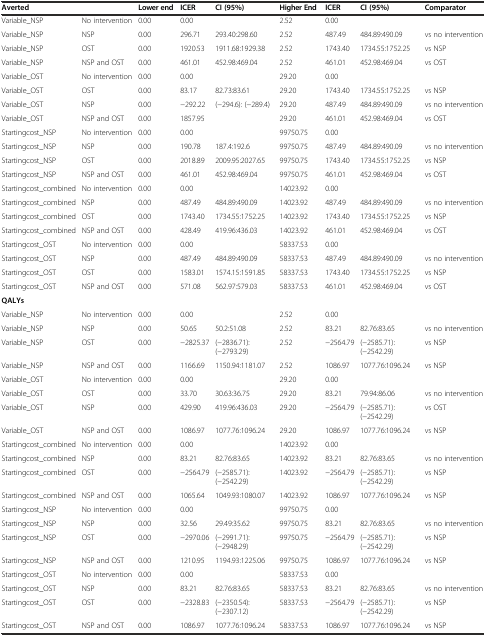
<table><thead><tr><td><b>Averted</b></td><td></td><td><b>Lower end</b></td><td><b>ICER</b></td><td><b>CI (95%)</b></td><td><b>Higher End</b></td><td><b>ICER</b></td><td><b>CI (95%)</b></td><td><b>Comparator</b></td></tr></thead><tbody><tr><td>Variable_NSP</td><td>No intervention</td><td>0.00</td><td>0.00</td><td></td><td>2.52</td><td>0.00</td><td></td><td></td></tr><tr><td>Variable_NSP</td><td>NSP</td><td>0.00</td><td>296.71</td><td>293.40:298.60</td><td>2.52</td><td>487.49</td><td>484.89:490.09</td><td>vs no intervention</td></tr><tr><td>Variable_NSP</td><td>OST</td><td>0.00</td><td>1920.53</td><td>1911.68:1929.38</td><td>2.52</td><td>1743.40</td><td>1734.55:1752.25</td><td>vs NSP</td></tr><tr><td>Variable_NSP</td><td>NSP and OST</td><td>0.00</td><td>461.01</td><td>452.98:469.04</td><td>2.52</td><td>461.01</td><td>452.98:469.04</td><td>vs OST</td></tr><tr><td>Variable_OST</td><td>No intervention</td><td>0.00</td><td>0.00</td><td></td><td>29.20</td><td>0.00</td><td></td><td></td></tr><tr><td>Variable_OST</td><td>OST</td><td>0.00</td><td>83.17</td><td>82.73:83.61</td><td>29.20</td><td>1743.40</td><td>1734.55:1752.25</td><td>vs NSP</td></tr><tr><td>Variable_OST</td><td>NSP</td><td>0.00</td><td>−292.22</td><td>(−294.6): (−289.4)</td><td>29.20</td><td>487.49</td><td>484.89:490.09</td><td>vs no intervention</td></tr><tr><td>Variable_OST</td><td>NSP and OST</td><td>0.00</td><td>1857.95</td><td></td><td>29.20</td><td>461.01</td><td>452.98:469.04</td><td>vs OST</td></tr><tr><td>Startingcost_NSP</td><td>No intervention</td><td>0.00</td><td>0.00</td><td></td><td>99750.75</td><td>0.00</td><td></td><td></td></tr><tr><td>Startingcost_NSP</td><td>NSP</td><td>0.00</td><td>190.78</td><td>187.4:192.6</td><td>99750.75</td><td>487.49</td><td>484.89:490.09</td><td>vs no intervention</td></tr><tr><td>Startingcost_NSP</td><td>OST</td><td>0.00</td><td>2018.89</td><td>2009.95:2027.65</td><td>99750.75</td><td>1743.40</td><td>1734.55:1752.25</td><td>vs NSP</td></tr><tr><td>Startingcost_NSP</td><td>NSP and OST</td><td>0.00</td><td>461.01</td><td>452.98:469.04</td><td>99750.75</td><td>461.01</td><td>452.98:469.04</td><td>vs OST</td></tr><tr><td>Startingcost_combined</td><td>No intervention</td><td>0.00</td><td>0.00</td><td></td><td>14023.92</td><td>0.00</td><td></td><td></td></tr><tr><td>Startingcost_combined</td><td>NSP</td><td>0.00</td><td>487.49</td><td>484.89:490.09</td><td>14023.92</td><td>487.49</td><td>484.89:490.09</td><td>vs no intervention</td></tr><tr><td>Startingcost_combined</td><td>OST</td><td>0.00</td><td>1743.40</td><td>1734.55:1752.25</td><td>14023.92</td><td>1743.40</td><td>1734.55:1752.25</td><td>vs NSP</td></tr><tr><td>Startingcost_combined</td><td>NSP and OST</td><td>0.00</td><td>428.49</td><td>419.96:436.03</td><td>14023.92</td><td>461.01</td><td>452.98:469.04</td><td>vs OST</td></tr><tr><td>Startingcost_OST</td><td>No intervention</td><td>0.00</td><td>0.00</td><td></td><td>58337.53</td><td>0.00</td><td></td><td></td></tr><tr><td>Startingcost_OST</td><td>NSP</td><td>0.00</td><td>487.49</td><td>484.89:490.09</td><td>58337.53</td><td>487.49</td><td>484.89:490.09</td><td>vs no intervention</td></tr><tr><td>Startingcost_OST</td><td>OST</td><td>0.00</td><td>1583.01</td><td>1574.15:1591.85</td><td>58337.53</td><td>1743.40</td><td>1734.55:1752.25</td><td>vs NSP</td></tr><tr><td>Startingcost_OST</td><td>NSP and OST</td><td>0.00</td><td>571.08</td><td>562.97:579.03</td><td>58337.53</td><td>461.01</td><td>452.98:469.04</td><td>vs OST</td></tr><tr><td><b>QALYs</b></td><td></td><td></td><td></td><td></td><td></td><td></td><td></td><td></td></tr><tr><td>Variable_NSP</td><td>No intervention</td><td>0.00</td><td>0.00</td><td></td><td>2.52</td><td>0.00</td><td></td><td></td></tr><tr><td>Variable_NSP</td><td>NSP</td><td>0.00</td><td>50.65</td><td>50.2:51.08</td><td>2.52</td><td>83.21</td><td>82.76:83.65</td><td>vs no intervention</td></tr><tr><td>Variable_NSP</td><td>OST</td><td>0.00</td><td>−2825.37</td><td>(−2836.71):(−2793.29)</td><td>2.52</td><td>−2564.79</td><td>(−2585.71):(−2542.29)</td><td>vs NSP</td></tr><tr><td>Variable_NSP</td><td>NSP and OST</td><td>0.00</td><td>1166.69</td><td>1150.94:1181.07</td><td>2.52</td><td>1086.97</td><td>1077.76:1096.24</td><td>vs NSP</td></tr><tr><td>Variable_OST</td><td>No intervention</td><td>0.00</td><td>0.00</td><td></td><td>29.20</td><td>0.00</td><td></td><td></td></tr><tr><td>Variable_OST</td><td>OST</td><td>0.00</td><td>33.70</td><td>30.63:36.75</td><td>29.20</td><td>83.21</td><td>79.94:86.06</td><td>vs no intervention</td></tr><tr><td>Variable_OST</td><td>NSP</td><td>0.00</td><td>429.90</td><td>419.96:436.03</td><td>29.20</td><td>−2564.79</td><td>(−2585.71):(−2542.29)</td><td>vs OST</td></tr><tr><td>Variable_OST</td><td>NSP and OST</td><td>0.00</td><td>1086.97</td><td>1077.76:1096.24</td><td>29.20</td><td>1086.97</td><td>1077.76:1096.24</td><td>vs NSP</td></tr><tr><td>Startingcost_combined</td><td>No intervention</td><td>0.00</td><td>0.00</td><td></td><td>14023.92</td><td>0.00</td><td></td><td></td></tr><tr><td>Startingcost_combined</td><td>NSP</td><td>0.00</td><td>83.21</td><td>82.76:83.65</td><td>14023.92</td><td>83.21</td><td>82.76:83.65</td><td>vs no intervention</td></tr><tr><td>Startingcost_combined</td><td>OST</td><td>0.00</td><td>−2564.79</td><td>(−2585.71):(−2542.29)</td><td>14023.92</td><td>−2564.79</td><td>(−2585.71):(−2542.29)</td><td>vs NSP</td></tr><tr><td>Startingcost_combined</td><td>NSP and OST</td><td>0.00</td><td>1065.64</td><td>1049.93:1080.07</td><td>14023.92</td><td>1086.97</td><td>1077.76:1096.24</td><td>vs NSP</td></tr><tr><td>Startingcost_NSP</td><td>No intervention</td><td>0.00</td><td>0.00</td><td></td><td>99750.75</td><td>0.00</td><td></td><td></td></tr><tr><td>Startingcost_NSP</td><td>NSP</td><td>0.00</td><td>32.56</td><td>29.49:35.62</td><td>99750.75</td><td>83.21</td><td>82.76:83.65</td><td>vs no intervention</td></tr><tr><td>Startingcost_NSP</td><td>OST</td><td>0.00</td><td>−2970.06</td><td>(−2991.71):(−2948.29)</td><td>99750.75</td><td>−2564.79</td><td>(−2585.71):(−2542.29)</td><td>vs NSP</td></tr><tr><td>Startingcost_NSP</td><td>NSP and OST</td><td>0.00</td><td>1210.95</td><td>1194.93:1225.06</td><td>99750.75</td><td>1086.97</td><td>1077.76:1096.24</td><td>vs NSP</td></tr><tr><td>Startingcost_OST</td><td>No intervention</td><td>0.00</td><td>0.00</td><td></td><td>58337.53</td><td>0.00</td><td></td><td></td></tr><tr><td>Startingcost_OST</td><td>NSP</td><td>0.00</td><td>83.21</td><td>82.76:83.65</td><td>58337.53</td><td>83.21</td><td>82.76:83.65</td><td>vs no intervention</td></tr><tr><td>Startingcost_OST</td><td>OST</td><td>0.00</td><td>−2328.83</td><td>(−2350.54):(−2307.12)</td><td>58337.53</td><td>−2564.79</td><td>(−2585.71):(−2542.29)</td><td>vs NSP</td></tr><tr><td>Startingcost_OST</td><td>NSP and OST</td><td>0.00</td><td>1086.97</td><td>1077.76:1096.24</td><td>58337.53</td><td>1086.97</td><td>1077.76:1096.24</td><td>vs NSP</td></tr></tbody></table>